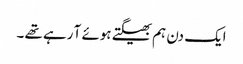
ایک دن ہم بھیگتے ہوئے آ رہے تھے ۔